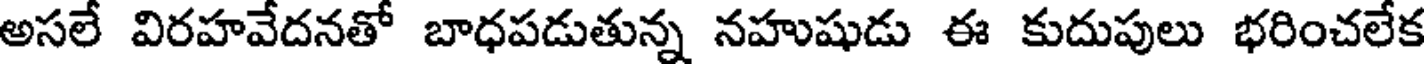
అసలే విరహవేదనతో బాధపడుతున్న నహుషుడు ఈ కుదుపులు భరించలేక